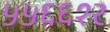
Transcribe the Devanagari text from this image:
५५६६१२